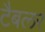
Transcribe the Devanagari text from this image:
टैबलर